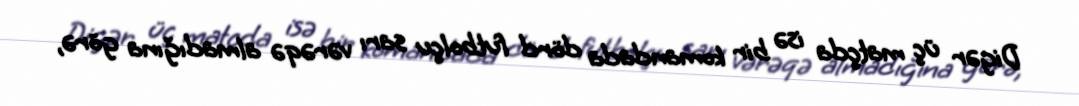
Digər üç matçda isə bir komandada dörd futbolçu sarı vərəqə almadığına görə,